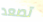
تصعد